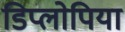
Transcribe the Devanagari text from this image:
डिप्लोपिया